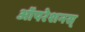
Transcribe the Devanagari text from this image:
ऑपरेशनस्